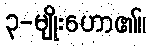
၃-မျိုးဟော၏။